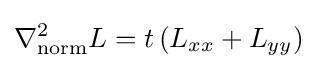
\nabla _{\mathrm {norm} }^{2}L=t\,(L_{xx}+L_{yy})